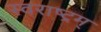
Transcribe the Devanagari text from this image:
स्वराष्ट्रम्‌